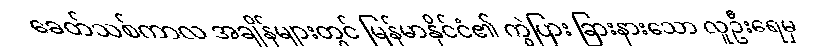
ခေတ်သစ်ကာလ အချိန်များတွင် မြန်မာနိုင်ငံ၏ ကွဲပြား ခြားနားသော လူဦးရေမှ